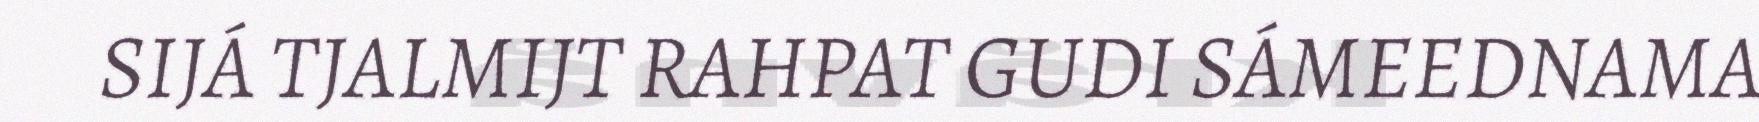
SIJÁ TJALMIJT RAHPAT GUDI SÁMEEDNAMA